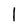
Character: 1